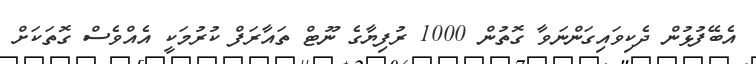
އެބޭފުޅުން ދެކިވައިގަންނަވާ ގޮތުން 1000 ރުފިޔާގެ ނޫޓް ތައާރަފް ކުރުމަކީ އެއްވެސް ގޮތަކަށް